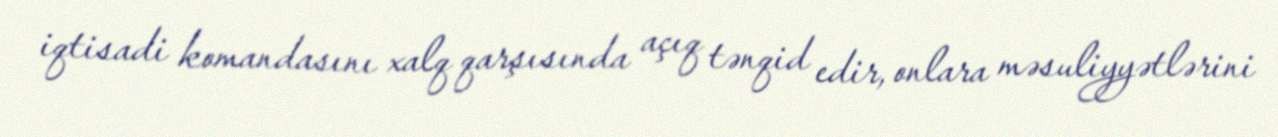
iqtisadi komandasını xalq qarşısında açıq tənqid edir, onlara məsuliyyətlərini